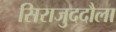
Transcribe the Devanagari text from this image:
सिराजुददौला